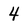
Character: 4